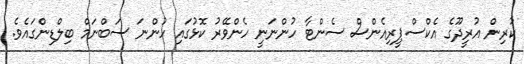
ކުރިން އުރީދޫގެ އެކްސްޕީރިއެންސް ސެންޓާ ހުންނަނީ ހެންވޭރު ކޮޅުގައި ހުންނަ ސަބްނަމް ބިލްޑިންގައެވެ.